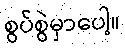
စွပ်စွဲမှာပေါ့။